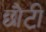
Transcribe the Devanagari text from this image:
छौटी